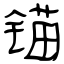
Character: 锚